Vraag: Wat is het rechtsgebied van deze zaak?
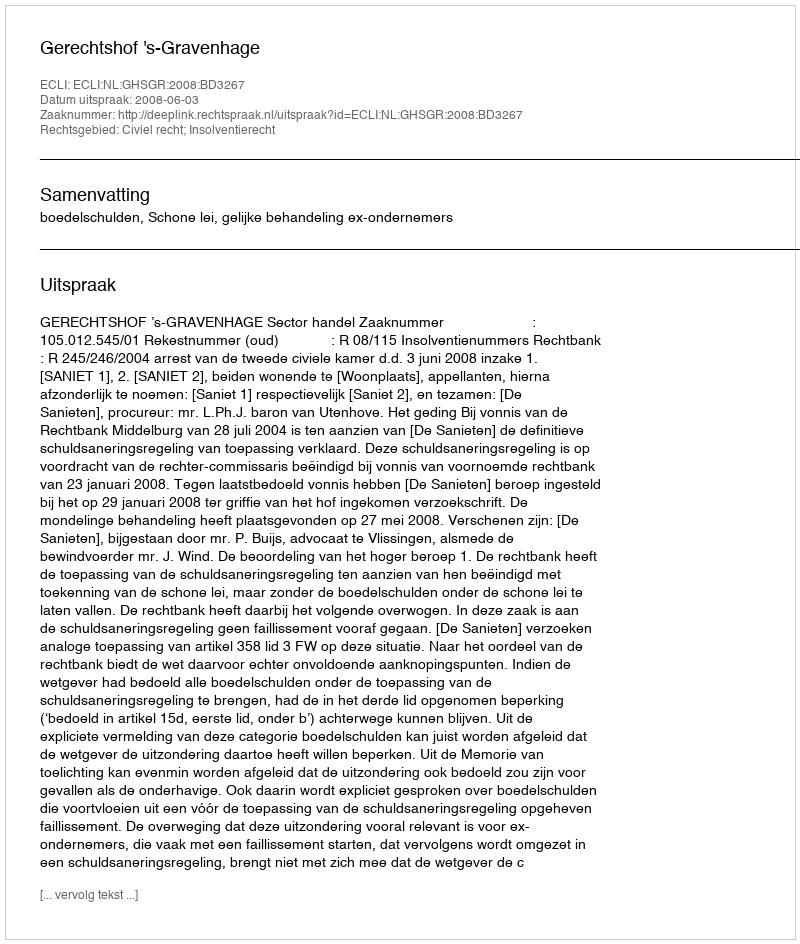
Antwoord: Civiel recht; Insolventierecht